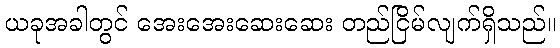
ယခုအခါတွင် အေးအေးဆေးဆေး တည်ငြိမ်လျက်ရှိသည်။